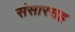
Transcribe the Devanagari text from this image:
संसारसह